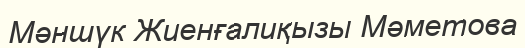
Мәншүк Жиенғалиқызы Мәметова